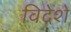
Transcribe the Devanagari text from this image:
विदेशे